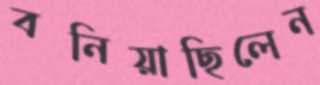
বনিয়াছিলেন